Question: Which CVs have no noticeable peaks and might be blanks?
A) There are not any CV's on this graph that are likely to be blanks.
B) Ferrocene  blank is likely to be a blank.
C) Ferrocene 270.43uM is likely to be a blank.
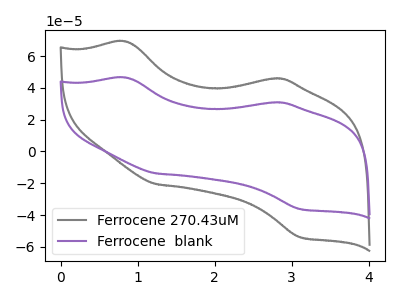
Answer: <think>The gray curve "Ferrocene 270.43uM" has anodic peaks at (0.85V, 69.20uA) (2.75V, 45.85uA) and cathodic peaks at (1.25V, -20.60uA) (3.10V, -53.95uA). The purple curve "Ferrocene  blank" has anodic peaks at (0.85V, 46.50uA) (2.75V, 30.80uA) and cathodic peaks at (1.25V, -13.85uA) (3.10V, -36.25uA).</think>
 <answer>A) There are not any CV's on this graph that are likely to be blanks.</answer>
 <eval>A</eval>